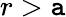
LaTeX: r>\mathtt{a}